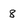
Character: 8